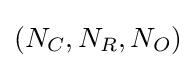
(N_{C},N_{R},N_{O})